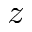
z